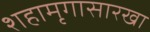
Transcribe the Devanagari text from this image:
शहामृगासारखा